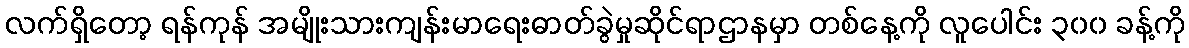
လက်ရှိတော့ ရန်ကုန် အမျိုးသားကျန်းမာရေးဓာတ်ခွဲမှုဆိုင်ရာဌာနမှာ တစ်နေ့ကို လူပေါင်း ၃၀၀ ခန့်ကို